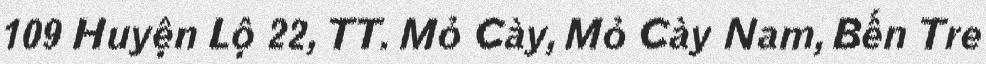
109 Huyện Lộ 22, TT. Mỏ Cày, Mỏ Cày Nam, Bến Tre